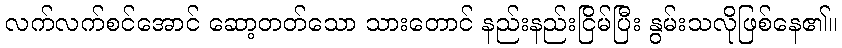
လက်လက်စင်အောင် ဆော့တတ်သော သားတောင် နည်းနည်းငြိမ်ပြီး နွမ်းသလိုဖြစ်နေ၏။